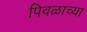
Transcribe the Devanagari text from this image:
पिवळाच्या